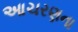
આચરણના